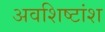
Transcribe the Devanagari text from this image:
अवशिष्टांश